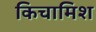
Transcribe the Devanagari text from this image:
किचामिश